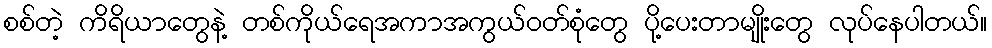
စစ်တဲ့ ကိရိယာတွေနဲ့ တစ်ကိုယ်ရေအကာအကွယ်ဝတ်စုံတွေ ပို့ပေးတာမျိုးတွေ လုပ်နေပါတယ်။